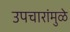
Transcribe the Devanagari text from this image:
उपचारांमुळे